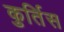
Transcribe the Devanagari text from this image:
कुर्तिस